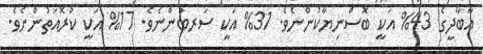
އާބާދީގެ 43% އަކީ ބޮސްނިޔާކުންނެވެ. 31% އަކީ ސަރބުންނެވެ. 17% އަކީ ކުރޮއަތުންނެވެ.